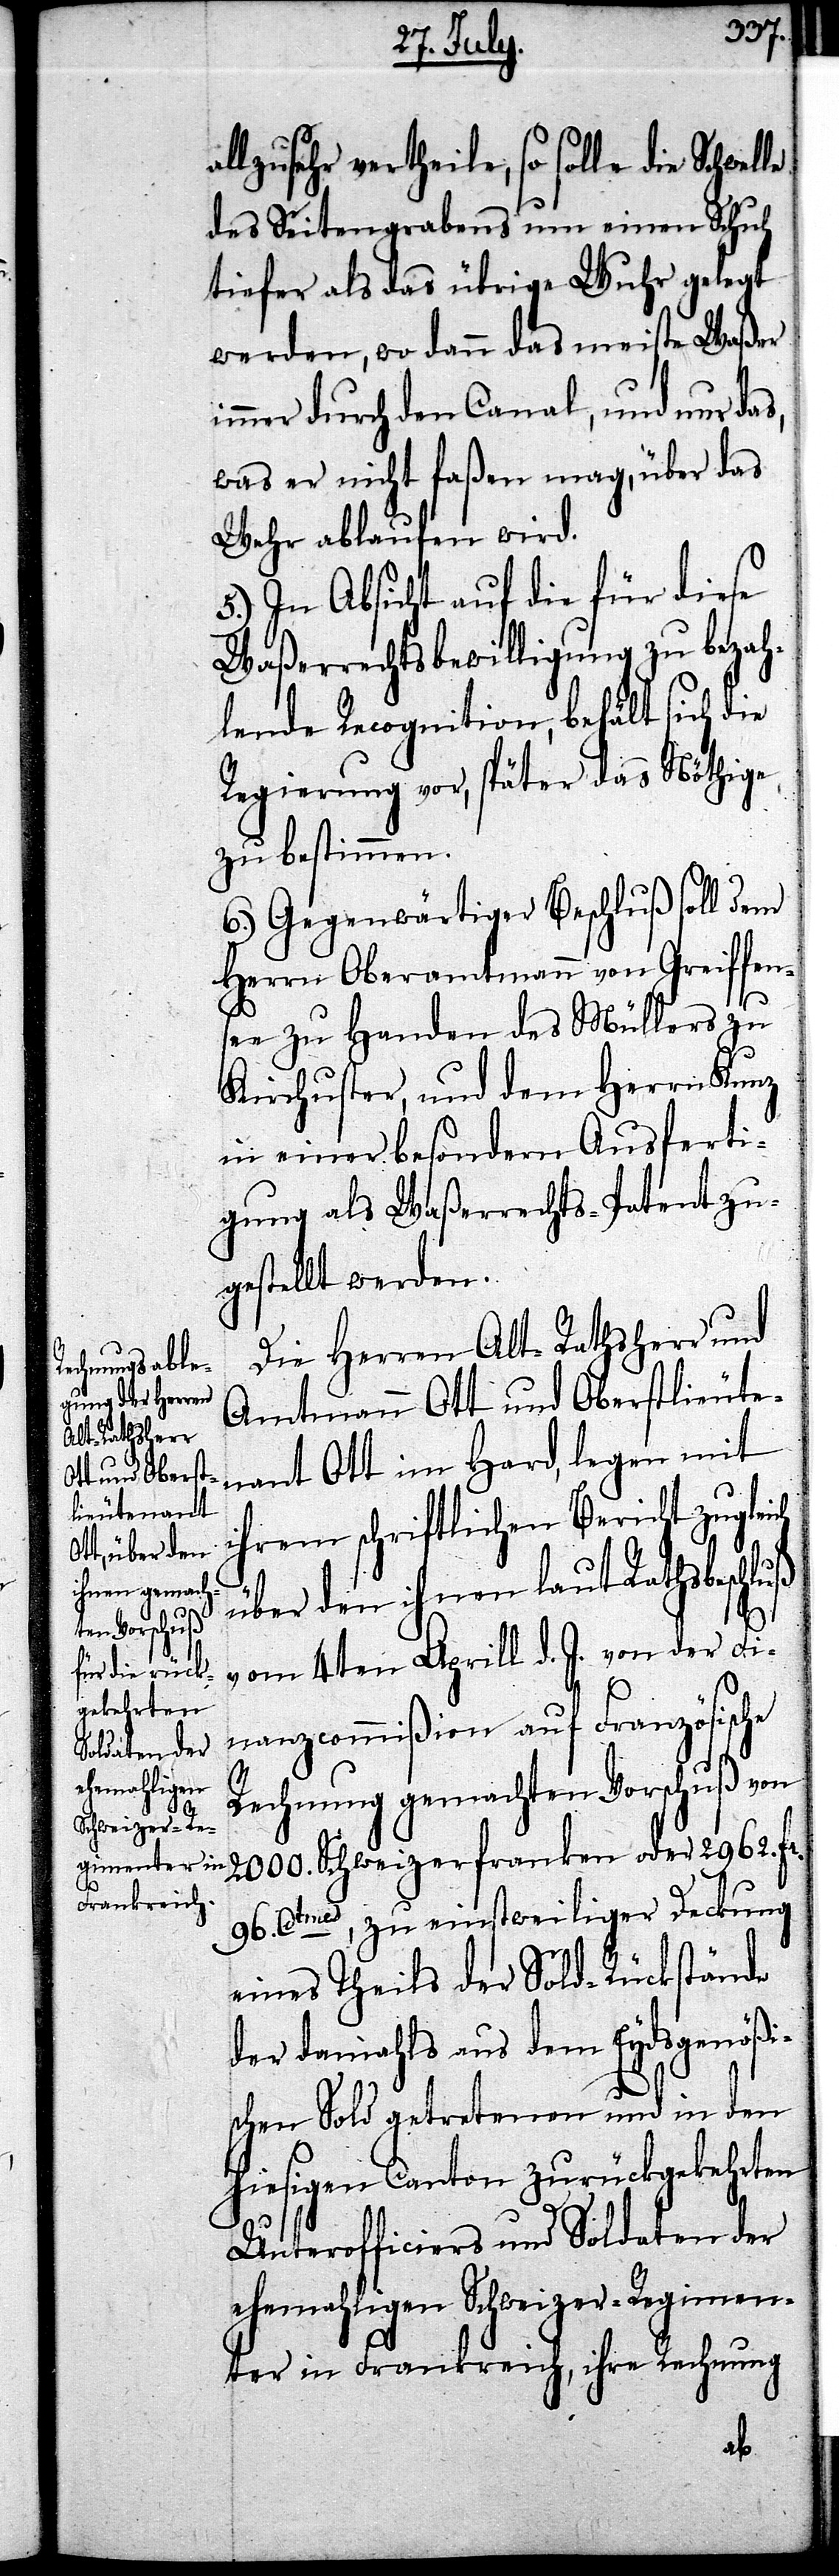
le

allzusehr vertheile, so solle die Schwel¬
des Seitengrabens um einen Schuh
tiefer als das übrige Wuhr gelegt
werden, wo dann das meiste Waßer
immer durch den Canal, und nur das,
was er nicht faßen mag, über das
Wehr ablaufen wird.
5.) In Absicht auf die für diese
Waßerrechtsbewilligung zu bezah¬
lende Recognition, behält sich die
Regierung vor, später das Nöthige
zu bestimmen.
6.) Gegenwärtiger Beschluß soll dem
Herrn Oberamtmann von Greiffen¬
see zu Handen des Müllers zu
Kirchuster, und dem Herrn Kunz
in einer besondern Ausferti¬
gung als Waßerrechts-Patent zu¬
gestellt werden.
Die Herren Alt-Rathsherr und
Amtmann Ott und Oberstlieute¬
nant Ott im Hard, legen mit
ihrem schriftlichen Bericht zugleich
über den ihnen laut Rathsbeschluß
vom 4ten Aprill d. J. von der Fi¬
nanzcommißion auf Französische
Rechnung gemachten Vorschuß von
2000. Schweizerfranken oder 2962. fr.
96. Ctmes, zu einstweiliger Deckung
eines Theils der Sold-Rückstände
der damahls aus dem Eydsgenößi¬
schen Sold getretenen und in den
hiesigen Canton zurückgekehrten
Unterofficiers und Soldaten der
ehemahligen Schweizer-Regimen¬
ter in Frankreich, ihre Rechnung